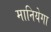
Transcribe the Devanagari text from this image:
मानियेगा